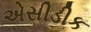
એસીડીક